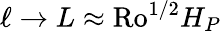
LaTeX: \ell\rightarrow L\approx\mathrm{Ro}^{1/2}H_{P}